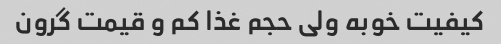
کیفیت خوبه ولی حجم غذا کم و قیمت گرون